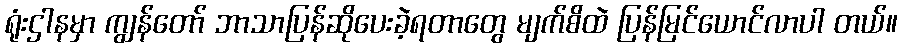
ရုံးဌါနမှာ ကျွန်တော် ဘာသာပြန်ဆိုပေးခဲ့ရတာတွေ မျက်စိထဲ ပြန်မြင်ယောင်လာပါ တယ်။